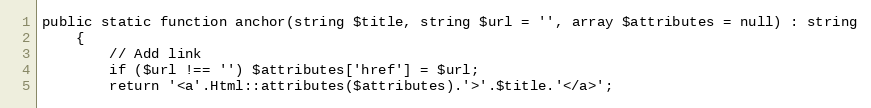
Language: PHP
public static function anchor(string $title, string $url = '', array $attributes = null) : string
    {
        // Add link
        if ($url !== '') $attributes['href'] = $url;
        return '<a'.Html::attributes($attributes).'>'.$title.'</a>';